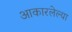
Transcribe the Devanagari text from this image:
आकारलेल्या